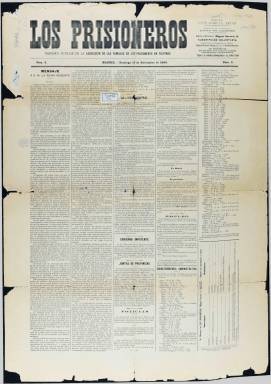
Título: Los Prisioneros (Madrid)
Colección: Periódicos
Ámbito geográfico: Madrid
Lugar de publicación: Madrid
Fechas: 19/11/1899-19/11/1899